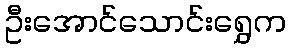
ဦးအောင်သောင်းရွှေက